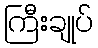
ကြီးချုပ်